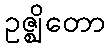
ဥဇ္ဈိတော